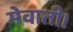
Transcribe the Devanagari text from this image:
मेवाती।